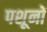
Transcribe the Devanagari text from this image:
पशूनों